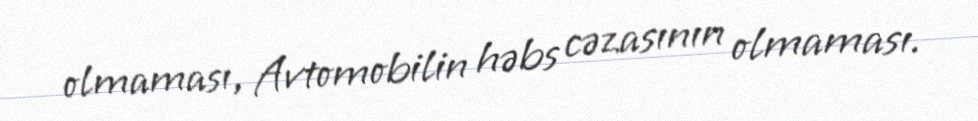
olmaması, Avtomobilin həbs cəzasının olmaması.